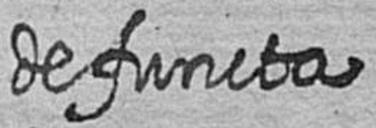
defuncta